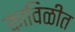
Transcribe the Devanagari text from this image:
काविळीत